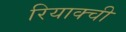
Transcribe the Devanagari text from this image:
रियाक्ची